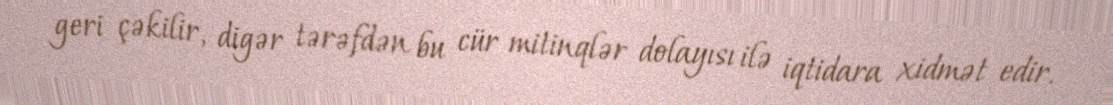
geri çəkilir, digər tərəfdən bu cür mitinqlər dolayısı ilə iqtidara xidmət edir.